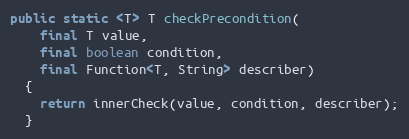
Language: Java
public static <T> T checkPrecondition(
    final T value,
    final boolean condition,
    final Function<T, String> describer)
  {
    return innerCheck(value, condition, describer);
  }